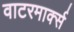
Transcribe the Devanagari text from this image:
वाटरमार्क्स